Lunatic asylums in Bengal annual reports 1912-1924 - 1912-1924
Year: 1912
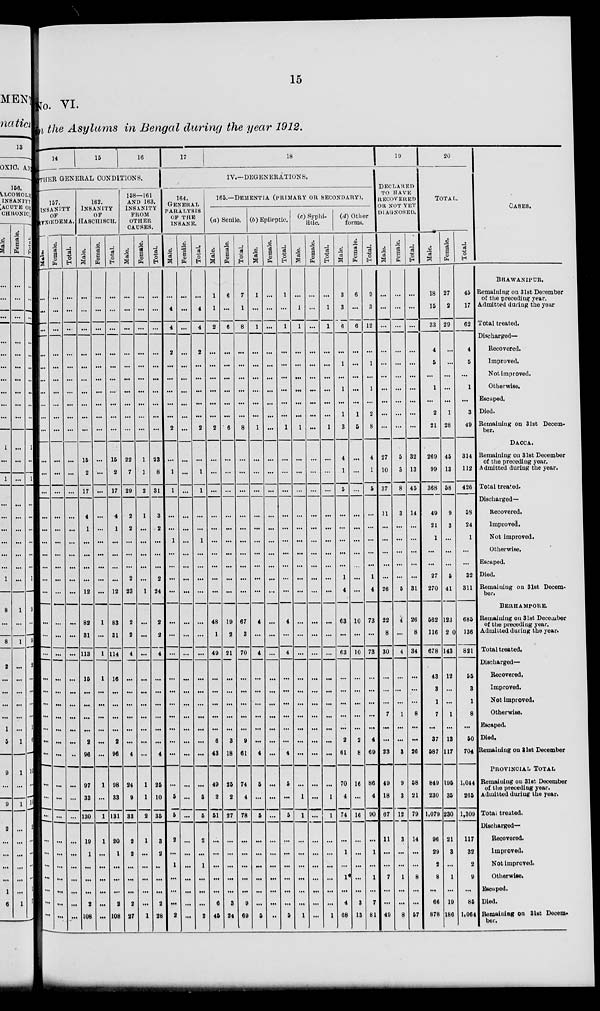
15
No. VI.
in the Asylums in Bengal during the year 1912.
14
15
16
OTHER GENERAL CONDITIONS.
157.
INSANITY
OF
HYXŒDEMA.
Male.
...
...
...
...
...
...
...
...
...
...
...
...
...
...
...
...
...
...
...
...
...
...
...
...
...
...
...
...
...
...
...
...
...
...
...
...
...
...
...
...
Female.
...
...
...
...
...
...
...
...
...
...
...
...
...
...
...
...
...
...
...
...
...
...
...
...
...
...
...
...
...
...
...
...
...
...
...
...
...
...
...
...
Total.
...
...
...
...
...
...
...
...
...
...
...
...
...
...
...
...
...
...
...
...
...
...
...
...
...
...
...
...
...
...
...
...
...
...
...
...
...
...
...
...
162.
INSANITY
OF
HASCHISCH.
Male.
...
...
...
...
...
...
...
...
...
...
15
2
17
4
1
...
...
...
...
12
82
31
113
15
...
...
...
...
2
96
97
33
130
19
1
...
...
...
2
108
Female.
...
...
...
...
...
...
...
...
...
...
...
...
...
...
...
...
...
...
...
...
1
...
1
1
...
...
...
...
...
...
1
...
1
1
...
...
...
...
...
...
Total.
...
...
...
...
...
...
...
...
...
...
15
2
17
4
1
...
...
...
...
12
83
31
114
16
...
...
...
...
2
96
98
33
131
20
1
...
...
...
2
108
158—161
AND 163.
INSANITY
FROM
OTHER
CAUSES.
Male.
...
...
...
...
...
...
...
...
...
...
22
7
29
2
2
...
...
...
2
23
2
2
4
...
...
...
...
...
...
4
24
9
33
2
2
...
...
...
2
27
Female.
...
...
...
...
...
...
...
...
...
...
1
1
2
1
...
...
...
...
...
1
...
...
...
...
...
...
...
...
...
...
1
1
2
1
...
...
...
...
...
1
Total.
...
...
...
...
...
...
...
...
...
...
23
8
31
3
2
...
...
...
2
24
2
2
4
...
...
...
...
...
...
4
25
10
35
3
2
...
...
...
2
28
17
18
IV.—DEGENERATIONS.
164.
GENERAL
PARALYSIS
OF THE
INSANE.
Male.
...
4
4
2
...
...
...
...
...
2
...
1
1
...
...
1
...
...
...
...
...
...
...
...
...
...
...
...
...
...
...
5
5
2
...
1
...
...
...
2
Female.
...
...
...
...
...
...
...
...
...
...
...
...
...
...
...
...
...
...
...
...
...
...
...
...
...
...
...
...
...
...
...
...
...
...
...
...
...
...
...
...
Total.
...
4
4
2
...
...
...
...
...
2
...
1
1
...
...
1
...
...
...
...
...
...
...
...
...
...
...
...
...
...
...
5
5
2
...
1
...
...
...
2
165.—DEMENTIA (PRIMARY OR SECONDARY).
(a) Senile.
Male.
1
1
2
...
...
...
...
...
...
2
...
...
...
...
...
...
...
...
...
...
48
1
49
...
...
...
...
...
6
43
49
2
51
...
...
...
...
...
6
45
Female.
6
...
6
...
...
...
...
...
...
6
...
...
...
...
...
...
...
...
...
...
19
2
21
...
...
...
...
...
3
18
25
2
27
...
...
...
...
...
3
24
Total.
7
1
8
...
...
...
...
...
...
8
...
...
...
...
...
...
...
...
...
...
67
3
70
...
...
...
...
...
9
61
74
4
78
...
...
...
...
...
9
69
(b) Epileptic.
Male.
1
...
1
...
...
...
...
...
...
1
...
...
...
...
...
...
...
...
...
...
4
...
4
...
...
...
...
...
...
4
5
...
5
...
...
...
...
...
...
5
Female.
...
...
...
...
...
...
...
...
...
...
...
...
...
...
...
...
...
...
...
...
...
...
...
...
...
...
...
...
...
...
...
...
...
...
...
...
...
...
...
...
Total.
1
...
1
...
...
...
...
...
...
1
...
...
...
...
...
...
...
...
...
...
4
...
4
...
...
...
...
...
...
4
5
...
5
...
...
...
...
...
...
5
(c) Syphi-
litic
Male.
...
1
1
...
...
...
...
...
...
1
...
...
...
...
...
...
...
...
...
...
...
...
...
...
...
...
...
...
...
...
...
1
1
...
...
...
...
...
...
1
Female.
...
...
...
...
...
...
...
...
...
...
...
...
...
...
...
...
...
...
...
...
...
...
...
...
...
...
...
...
...
...
...
...
...
...
...
...
...
...
...
...
Total.
...
1
1
...
...
...
...
...
...
1
...
...
...
...
...
...
...
...
...
...
...
...
...
...
...
...
...
...
...
...
...
1
1
...
...
...
...
...
...
1
(d) Other
forms.
Male.
3
3
6
...
1
...
1
...
1
3
4
1
5
...
...
...
...
...
1
4
63
...
63
...
...
...
...
...
2
61
70
4
74
...
1
...
1
...
4
68
Female.
6
...
6
...
...
...
...
...
1
5
...
...
...
...
...
...
...
...
...
10
...
10
...
...
...
...
...
2
8
16
...
16
...
...
...
...
...
3
13
Total.
9
3
12
...
1
...
1
...
2
8
4
1
5
...
...
...
...
...
1
4
73
...
73
...
...
...
...
...
4
69
86
4
90
...
1
...
1
...
7
81
19
DECLARED
TO HAVE
RECOVERED
OR NOT YET
DIAGNOSED.
Male.
...
...
...
...
...
...
...
...
...
...
27
10
37
11
...
...
...
...
...
26
22
8
30
...
...
...
7
...
...
23
49
18
67
11
...
...
7
...
...
49
Female.
...
...
...
...
...
...
...
...
...
...
5
3
8
3
...
...
...
...
...
5
4
...
4
...
...
...
1
...
...
3
9
3
12
3
...
...
1
...
...
8
Total.
...
...
...
...
...
...
...
...
...
...
32
13
45
14
...
...
...
...
...
31
26
8
34
...
...
...
8
...
...
26
58
21
79
14
...
...
8
...
...
57
20
TOTAL.
Male.
18
15
33
4
5
...
1
...
2
21
269
99
368
49
21
1
...
...
27
270
562
116
678
43
3
1
7
...
37
587
849
230
1.079
96
29
2
8
...
66
878
Female.
27
2
29
...
...
...
...
...
1
28
45
13
58
9
3
...
...
...
5
41
123
20
143
12
...
...
1
...
13
117
195
35
230
21
3
...
1
...
19
186
Total.
45
17
62
4
5
...
1
...
3
49
314
112
426
58
24
1
...
...
32
311
685
136
821
55
3
1
8
...
50
704
1,044
265
1,309
117
32
2
9
...
85
1,064
CASES.
BHAWANIPUR.
Remaining on 31st December
of the preceding year.
Admitted during the year
Total treated.
Discharged—
Recovered.
Improved,
Not improved.
Otherwise.
Escaped,
Died.
Remaining on 31st Decem-
ber.
DACCA.
Remaining on 31st December
of the preceding year.
Admitted during the year.
Total treated.
Discharged—
Recovered.
Improved.
Not improved.
Otherwise,
Escaped.
Died.
Remaining on 31st Decem-
ber.
BERHAMPORE.
Remaining on 31st December
of the preceding year.
Admitted during the year.
Total treated.
Discharged—
Recovered.
Improved.
Not improved.
Otherwise.
Escaped.
Died.
Remaining on 31st December
PROVINCIAL TOTAL
Remaining on 31st December
of the preceding year.
Admitted during the year.
Total treated.
Discharged—
Recovered.
Improved.
Not improved.
Otherwise.
Escaped.
Died.
Remaining on 31st Decem-
ber.